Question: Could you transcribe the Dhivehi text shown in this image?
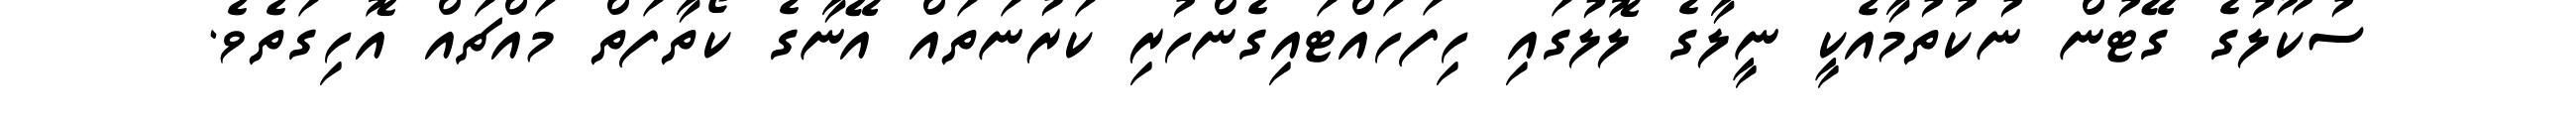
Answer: ސުކޫލުގެ ގޭޓުން ނުކުތުމާއެކީ ނީލާގެ ލޮލުގައި ހިފަހައްޓައިގެންހުރި ކަރުނަތައް އޭނާގެ ކޯތާފަތް މައްޗައް އޮހިގަތެވެ.